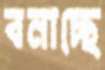
বনাচ্ছে